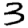
Digit: 3